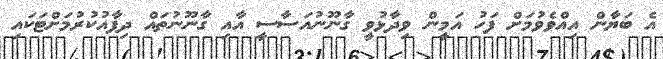
އެ ބަޔާން އިއްވެވުމަށް ފަހު އަމީން ވިދާޅުވީ ގާނޫނުއަސާސީ އާއި ގާނޫނުތައް ދިފާއުކުރުމަށްޓަކައި